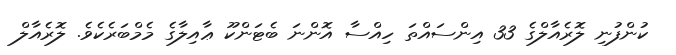
ކުންފުނި ލޮރެއާލްގެ 33 އިންސައްތަ ހިއްސާ އޮންނަ ބެޓަންކޫ ޢާއިލާގެ މެމްބަރެކެވެ. ލޮރެއާލް